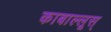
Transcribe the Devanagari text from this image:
काबाल्लूस्